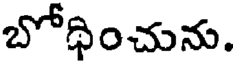
బోధించును.